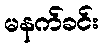
မနက်ခင်း